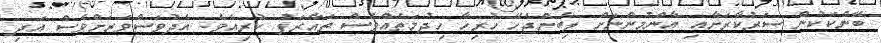
ބޭންކަކުން ސަރުކާރަށާއި އާންމުންނަށް ލިބެންޖެހޭ ހުރިހާ ހިދުމަތެއްވެސް ތައާރަފު ކުރިއެވެ. އެދުވަސްވަރަށްވެސް އަދި